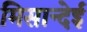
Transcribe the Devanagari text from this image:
मिसान्देई